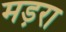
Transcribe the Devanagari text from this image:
मड़रा